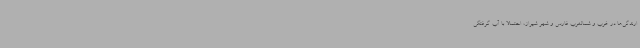
ارندگی‌ها در غرب و شمالغرب فارس و شهر شیراز، احتمالا با آب گرفتگی